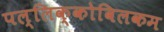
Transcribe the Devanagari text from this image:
पल्लिक्कोविलकम